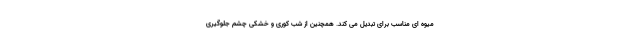
میوه ای مناسب برای تبدیل می کند. همچنین از شب کوری و خشکی چشم جلوگیری